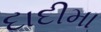
દાદીમા